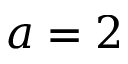
a = 2